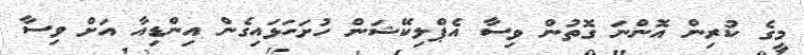
މީގެ ކުރިން އޮންނަ ގޮތުން ވިސާ އެޕްލިކޭޝަން ހުށަހަޅައިގެން އިންޑިއާ އަށް ވިސާ